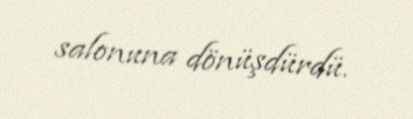
salonuna dönüşdürdü.